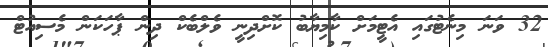
32 ވަނަ މިނެޓުގައި އެޓީމަށް ކާމިޔާބު ކޮށްދިނީ ވެލްބެކް ދިން ޕާހަކަން މެސިއުޓް